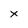
Character: x